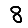
Digit: 8